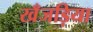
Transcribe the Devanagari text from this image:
खँजड़िया